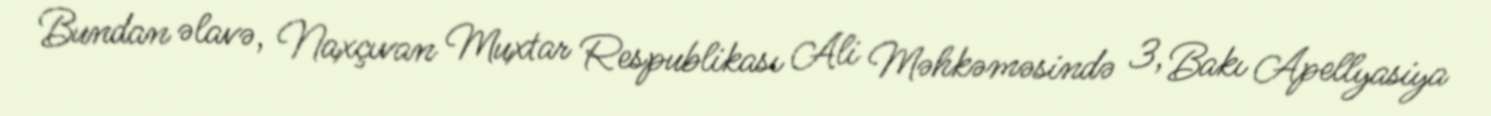
Bundan əlavə, Naxçıvan Muxtar Respublikası Ali Məhkəməsində 3, Bakı Apellyasiya